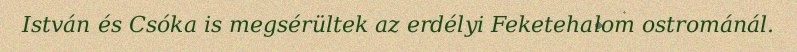
István és Csóka is megsérültek az erdélyi Feketehalom ostrománál.